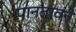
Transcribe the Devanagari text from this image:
पानतावने